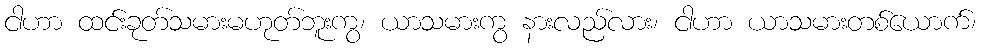
ငါဟာ ထင်းခုတ်သမားမဟုတ်ဘူးကွ၊ ယာသမားကွ နားလည်လား၊ ငါဟာ ယာသမားတစ်ယောက်၊